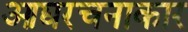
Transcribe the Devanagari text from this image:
आद्यरचनाकार